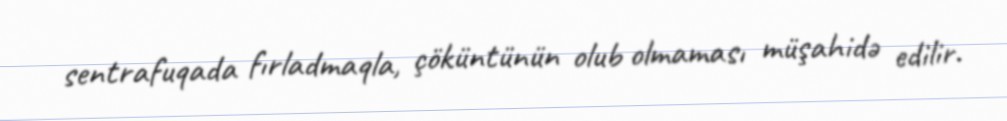
sentrafuqada fırladmaqla, çöküntünün olub olmaması müşahidə edilir.